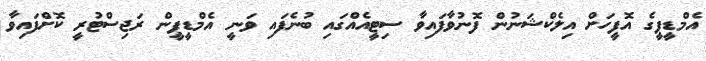
އެމްޑީޕީގެ އޮފީހަށް އިލެކްޝަނުން ފޮނުވާފައިވާ ސިޓީއެއްގައި ބުނެފައި ވަނީ އެމްޑީޕީން ރަޖިސްޓުރީ ކޮށްފައިވާ